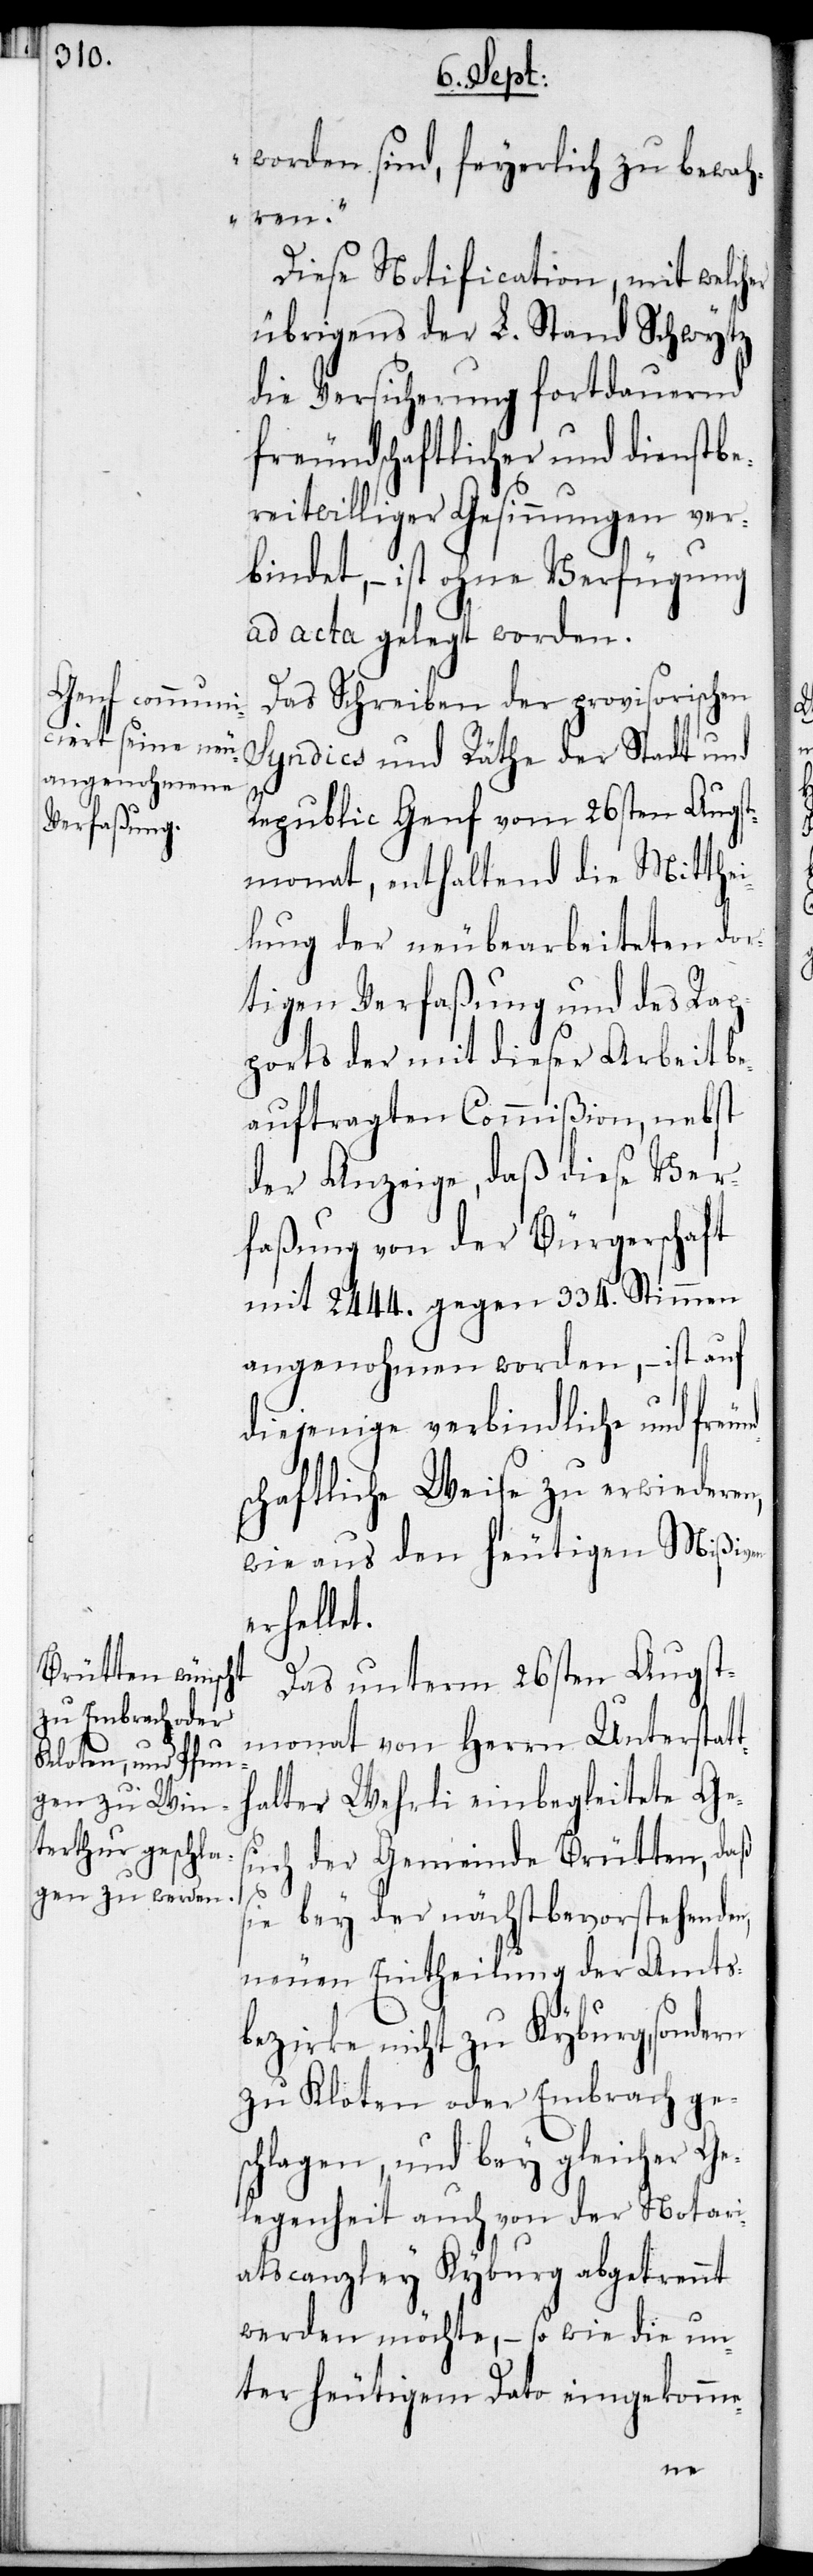
worden sind, feyerlich zu bewah¬
ren.“
Diese Notification, mit welcher
übrigens der L. Stand Schwytz
die Versicherung fortdauernd
freundschaftlicher und dienstbe¬
reitwilliger Gesinnungen ver¬
bindet, – ist ohne Verfügung
ad acta gelegt worden.
Das Schreiben der provisorischen
Syndics und Räthe der Stadt und
Republic Genf vom 26sten Augst¬
monat, enthaltend die Mitthe¬
ilung der neubearbeiteten dor¬
tigen Verfaßung und des Rap¬
ports der mit dieser Arbeit be¬
auftragten Commißion, nebst
der Anzeige, daß diese Ver¬
faßung von der Bürgerschaft
mit 2444. gegen 334. Stimmen
angenohmen worden, – ist auf
diejenige verbindliche und freun¬
schaftliche Weise zu erwiederen,
wie aus den heutigen Mißiven
erhellet.
Das unterm 26sten Augst¬
monat von Herrn Unterstat¬
halter Wehrli einbegleitete Ges¬
uch der Gemeinde Brütten, daß
sie bey der nächstbevorstehenden,
neuen Eintheilung der Amts¬
bezirke nicht zu Kyburg, sondern
zu Kloten oder Embrach ge¬
schlagen, und bey gleicher Ge¬
legenheit auch von der Notari¬
atscanzley Kyburg abgetrennt
werden möchte, – so wie die un¬
ter heutigem Dato eingekomme-
t¬